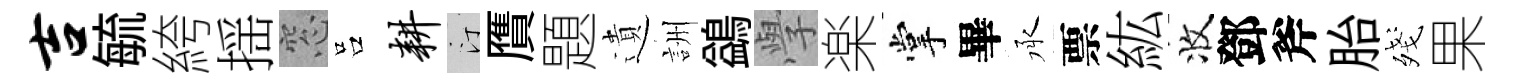
吉毓絝揺窓吕耕汀贋題遺詶鷁𭓕楽掌畢承票紘收鄧斧胎殘果